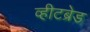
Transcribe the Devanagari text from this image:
व्हीटब्रेड